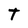
Character: t